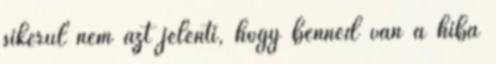
sikerül nem azt jelenti, hogy benned van a hiba